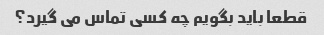
قطعا باید بگویم چه کسی تماس می گیرد؟